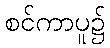
စင်ကာပူ၌